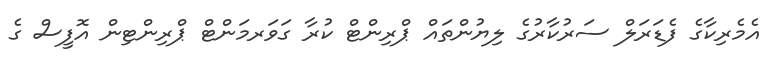
އެމެރިކާގެ ފެޑަރަލް ސަރުކާރުގެ ލިޔުންތައް ޕްރިންޓް ކުރާ ގަވަރމަންޓް ޕްރިންޓިން އޮފީސް ގެ